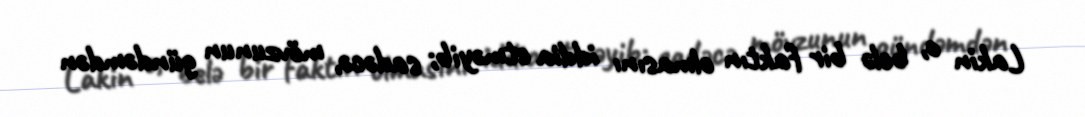
Lakin o, belə bir faktın olmasını iddia etməyib; sadəcə, mövzunun gündəmdən